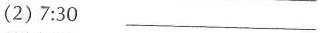
(2)7:30 ___